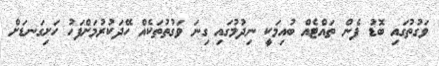
ވަގުތުގައި ބޮޑު ފެން ތައްޓެއް ބުއިމަކީ ނިދުމުގައި ގިނަ ވަގުތުތަކެއް ހޭދަކުރުމަށްފަހު ހަށިގަނޑަށް